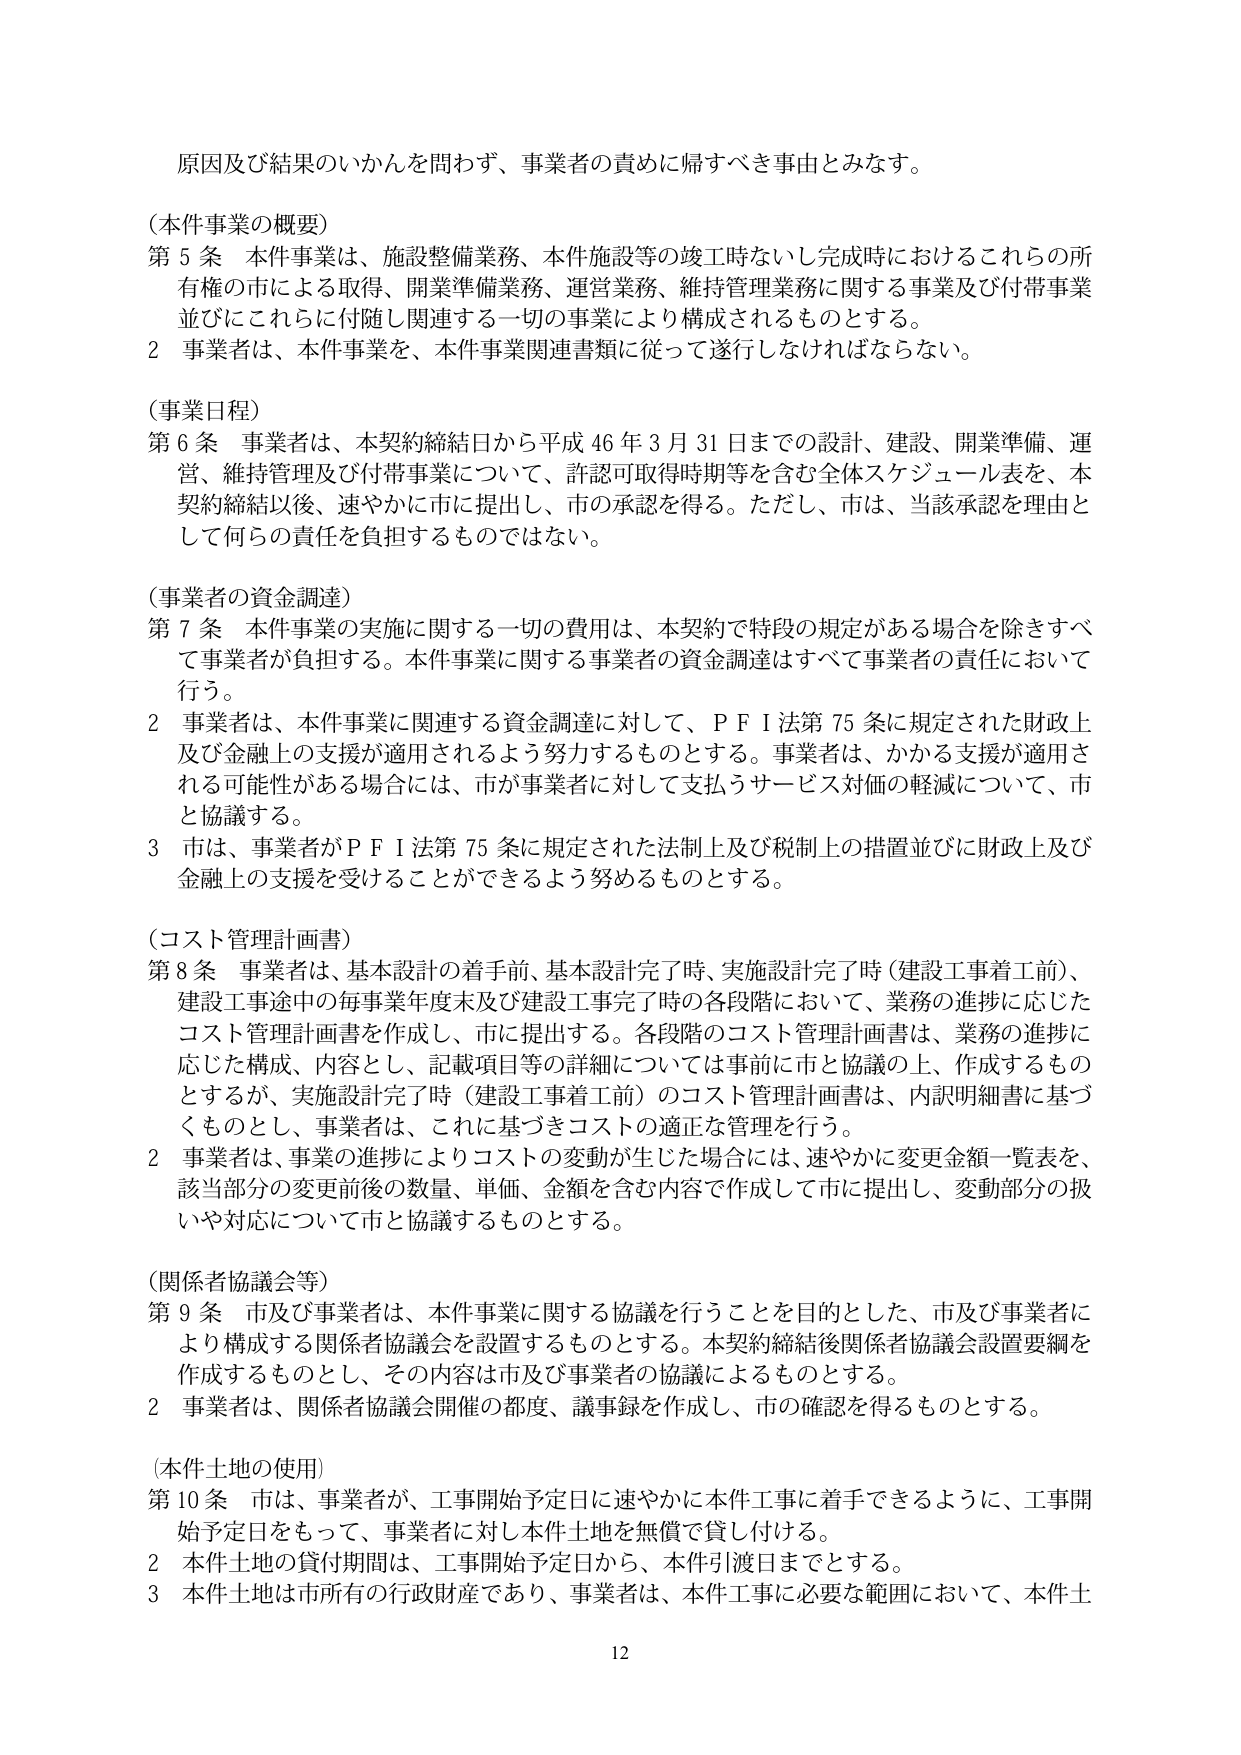
原因及び結果のいかんを問わず、事業者の責めに帰すべき事由とみなす。

（本件事業の概要）
第５条 本件事業は、施設整備業務、本件施設等の竣工時ないし完成時におけるこれらの所有権の市による取得、開業準備業務、運営業務、維持管理業務に関する事業及び付帯事業並びにこれらに付随し関連する一切の事業により構成されるものとする。
２ 事業者は、本件事業を、本件事業関連書類に従って遂行しなければならない。

（事業日程）
第６条 事業者は、本契約締結日から平成46年3月31日までの設計、建設、開業準備、運営、維持管理及び付帯事業について、許認可取得時期等を含む全体スケジュール表を、本契約締結以後、速やかに市に提出し、市の承認を得る。ただし、市は、当該承認を理由として何らの責任を負担するものではない。

（事業者の資金調達）
第７条 本件事業の実施に関する一切の費用は、本契約で特段の規定がある場合を除きすべて事業者が負担する。本件事業に関する事業者の資金調達はすべて事業者の責任において行う。
２ 事業者は、本件事業に関連する資金調達に対して、ＰＦＩ法第75条に規定された財政上及び金融上の支援が適用されるよう努力するものとする。事業者は、かかる支援が適用される可能性がある場合には、市が事業者に対して支払うサービス対価の軽減について、市と協議する。
３ 市は、事業者がＰＦＩ法第75条に規定された法制上及び税制上の措置並びに財政上及び金融上の支援を受けることができるよう努めるものとする。

（コスト管理計画書）
第８条 事業者は、基本設計の着手前、基本設計完了時、実施設計完了時（建設工事着工前）、建設工事途中の毎事業年度末及び建設工事完了時の各段階において、業務の進捗に応じたコスト管理計画書を作成し、市に提出する。各段階のコスト管理計画書は、業務の進捗に応じた構成、内容とし、記載項目等の詳細については事前に市と協議の上、作成するものとするが、実施設計完了時（建設工事着工前）のコスト管理計画書は、内訳明細書に基づくものとし、事業者は、これに基づきコストの適正な管理を行う。
２ 事業者は、事業の進捗によりコストの変動が生じた場合には、速やかに変更金額一覧表を、該当部分の変更前後の数量、単価、金額を含む内容で作成して市に提出し、変動部分の扱いや対応について市と協議するものとする。

（関係者協議会等）
第９条 市及び事業者は、本件事業に関する協議を行うことを目的とした、市及び事業者により構成する関係者協議会を設置するものとする。本契約締結後関係者協議会設置要綱を作成するものとし、その内容は市及び事業者の協議によるものとする。
２ 事業者は、関係者協議会開催の都度、議事録を作成し、市の確認を得るものとする。

（本件土地の使用）
第10条 市は、事業者が、工事開始予定日に速やかに本件工事に着手できるように、工事開始予定日をもって、事業者に対し本件土地を無償で貸し付ける。
２ 本件土地の貸付期間は、工事開始予定日から、本件引渡日までとする。
３ 本件土地は市所有の行政財産であり、事業者は、本件工事に必要な範囲において、本件土

12